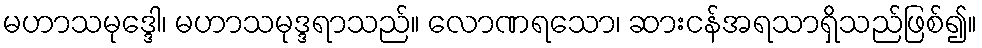
မဟာသမုဒ္ဒေါ၊ မဟာသမုဒ္ဒရာသည်။ လောဏရသော၊ ဆားငန်အရသာရှိသည်ဖြစ်၍။